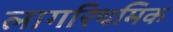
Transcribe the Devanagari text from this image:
लागरिथमिक